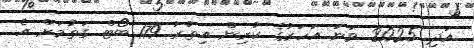
އަދި 2025 ވަނަ އަހަރުގެ ކުރިން އިތުރު 179 ބޯޓް ގަތުމަށް އެ